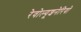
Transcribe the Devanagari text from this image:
रेवोल्यूशनेरियो